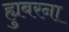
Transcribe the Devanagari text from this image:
ह्युबरना